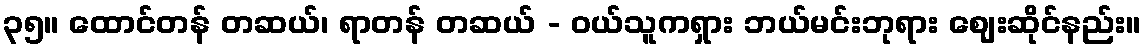
၃၅။ ထောင်တန် တဆယ်၊ ရာတန် တဆယ် - ဝယ်သူကရှား ဘယ်မင်းဘုရား ဈေးဆိုင်နည်း။